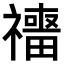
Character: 𥜑